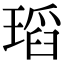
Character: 瑫